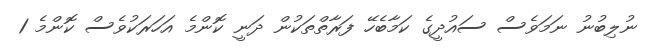
ނުލިބުނު ނަމަވެސް ސައުދީގެ ކަމާބެހޭ ފަރާތްތަކުން ދަނީ ކޮންމެ އަހަރަކުވެސް ކޮންމެ 1